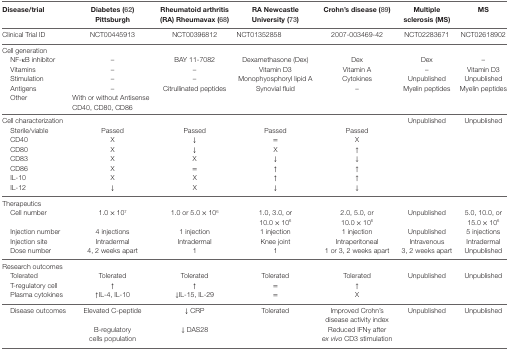
<table><thead><tr><td><b>Disease/trial</b></td><td><b>Diabetes (62) Pittsburgh</b></td><td><b>Rheumatoid arthritis (RA) Rheumavax (68)</b></td><td><b>RA Newcastle University (73)</b></td><td><b>Crohn’s disease (89)</b></td><td><b>Multiple sclerosis (MS)</b></td><td><b>MS</b></td></tr></thead><tbody><tr><td>Clinical Trial ID</td><td>NCT00445913</td><td>NCT00396812</td><td>NCT01352858</td><td>2007-003469-42</td><td>NCT02283671</td><td>NCT02618902</td></tr><tr><td>Cell generation</td><td></td><td></td><td></td><td></td><td></td><td></td></tr><tr><td> NF-κB inhibitor</td><td>–</td><td>BAY 11-7082</td><td>Dexamethasone (Dex)</td><td>Dex</td><td>Dex</td><td>–</td></tr><tr><td> Vitamins</td><td>–</td><td>–</td><td>Vitamin D3</td><td>Vitamin A</td><td>–</td><td>Vitamin D3</td></tr><tr><td> Stimulation</td><td>–</td><td>–</td><td>Monophyosphoryl lipid A</td><td>Cytokines</td><td>Unpublished</td><td>Unpublished</td></tr><tr><td> Antigens</td><td>–</td><td>Citrullinated peptides</td><td>Synovial fluid</td><td>–</td><td>Myelin peptides</td><td>Myelin peptides</td></tr><tr><td> Other</td><td>With or without Antisense CD40, CD80, CD86</td><td></td><td></td><td></td><td></td><td></td></tr><tr><td>Cell characterization</td><td></td><td></td><td></td><td></td><td>Unpublished</td><td>Unpublished</td></tr><tr><td> Sterile/viable</td><td>Passed</td><td>Passed</td><td>Passed</td><td>Passed</td><td></td><td></td></tr><tr><td> CD40</td><td>X</td><td>↓</td><td>=</td><td>X</td><td></td><td></td></tr><tr><td> CD80</td><td>X</td><td>↓</td><td>X</td><td>↑</td><td></td><td></td></tr><tr><td> CD83</td><td>X</td><td>X</td><td>↓</td><td>↓</td><td></td><td></td></tr><tr><td> CD86</td><td>X</td><td>=</td><td>↑</td><td>↑</td><td></td><td></td></tr><tr><td> IL-10</td><td>X</td><td>X</td><td>↑</td><td>↑</td><td></td><td></td></tr><tr><td> IL-12</td><td>↓</td><td>X</td><td>↓</td><td>↓</td><td></td><td></td></tr><tr><td>Therapeutics</td><td></td><td></td><td></td><td></td><td></td><td></td></tr><tr><td> Cell number</td><td>1.0 × 10<sup>7</sup></td><td>1.0 or 5.0 × 10<sup>6</sup></td><td>1.0, 3.0, or 10.0 × 10<sup>6</sup></td><td>2.0, 5.0, or 10.0 × 10<sup>6</sup></td><td>Unpublished</td><td>5.0, 10.0, or 15.0 × 10<sup>6</sup></td></tr><tr><td> Injection number</td><td>4 injections</td><td>1 injection</td><td>1 injection</td><td>1 injection</td><td>Unpublished</td><td>5 injections</td></tr><tr><td> Injection site</td><td>Intradermal</td><td>Intradermal</td><td>Knee joint</td><td>Intraperitoneal</td><td>Intravenous</td><td>Intradermal</td></tr><tr><td> Dose number</td><td>4, 2 weeks apart</td><td>1</td><td>1</td><td>1 or 3, 2 weeks apart</td><td>3, 2 weeks apart</td><td>Unpublished</td></tr><tr><td>Research outcomes</td><td></td><td></td><td></td><td></td><td></td><td></td></tr><tr><td> Tolerated</td><td>Tolerated</td><td>Tolerated</td><td>Tolerated</td><td>Tolerated</td><td>Unpublished</td><td>Unpublished</td></tr><tr><td> T-regulatory cell</td><td>↑</td><td>↑</td><td>=</td><td>↑</td><td></td><td></td></tr><tr><td> Plasma cytokines</td><td>↑IL-4, IL-10</td><td>↓IL-15, IL-29</td><td>=</td><td>X</td><td></td><td></td></tr><tr><td> Disease outcomes</td><td>Elevated C-peptide</td><td>↓ CRP</td><td>Tolerated</td><td>Improved Crohn’s disease activity index</td><td>Unpublished</td><td>Unpublished</td></tr><tr><td></td><td>B-regulatory cells population</td><td>↓ DAS28</td><td></td><td>Reduced IFNγ after <i>ex vivo</i> CD3 stimulation</td><td></td><td></td></tr></tbody></table>